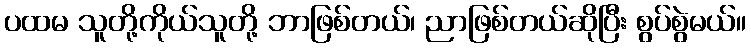
ပထမ သူတို့ကိုယ်သူတို့ ဘာဖြစ်တယ်၊ ညာဖြစ်တယ်ဆိုပြီး စွပ်စွဲမယ်။